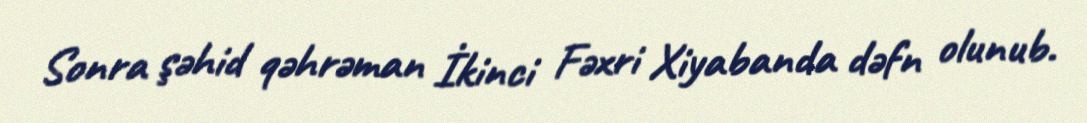
Sonra şəhid qəhrəman İkinci Fəxri Xiyabanda dəfn olunub.